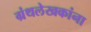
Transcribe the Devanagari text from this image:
ग्रंथलेखकांना